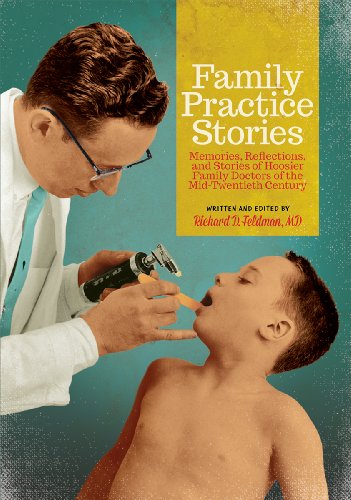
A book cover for Family Practice Stories: Memories, Reflections, and Stories of Hoosier Family Doctors of the Mid-Twentieth Century; Richard D. Feldman; Humor & Entertainment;